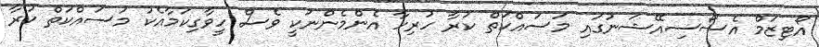
އޯޓިޒަމް އެސޯސިއޭޝަނުގައި މަސައްކަތް ކުރާ ހުރިހާ އެންމެންނަކީ ވެސް ހީވާގިކަމާއެކު މަސައްކަތް ކުރާ